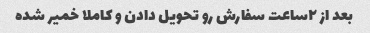
بعد از ٢ساعت سفارش رو تحویل دادن و کاملا خمیر شده